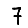
Digit: 7